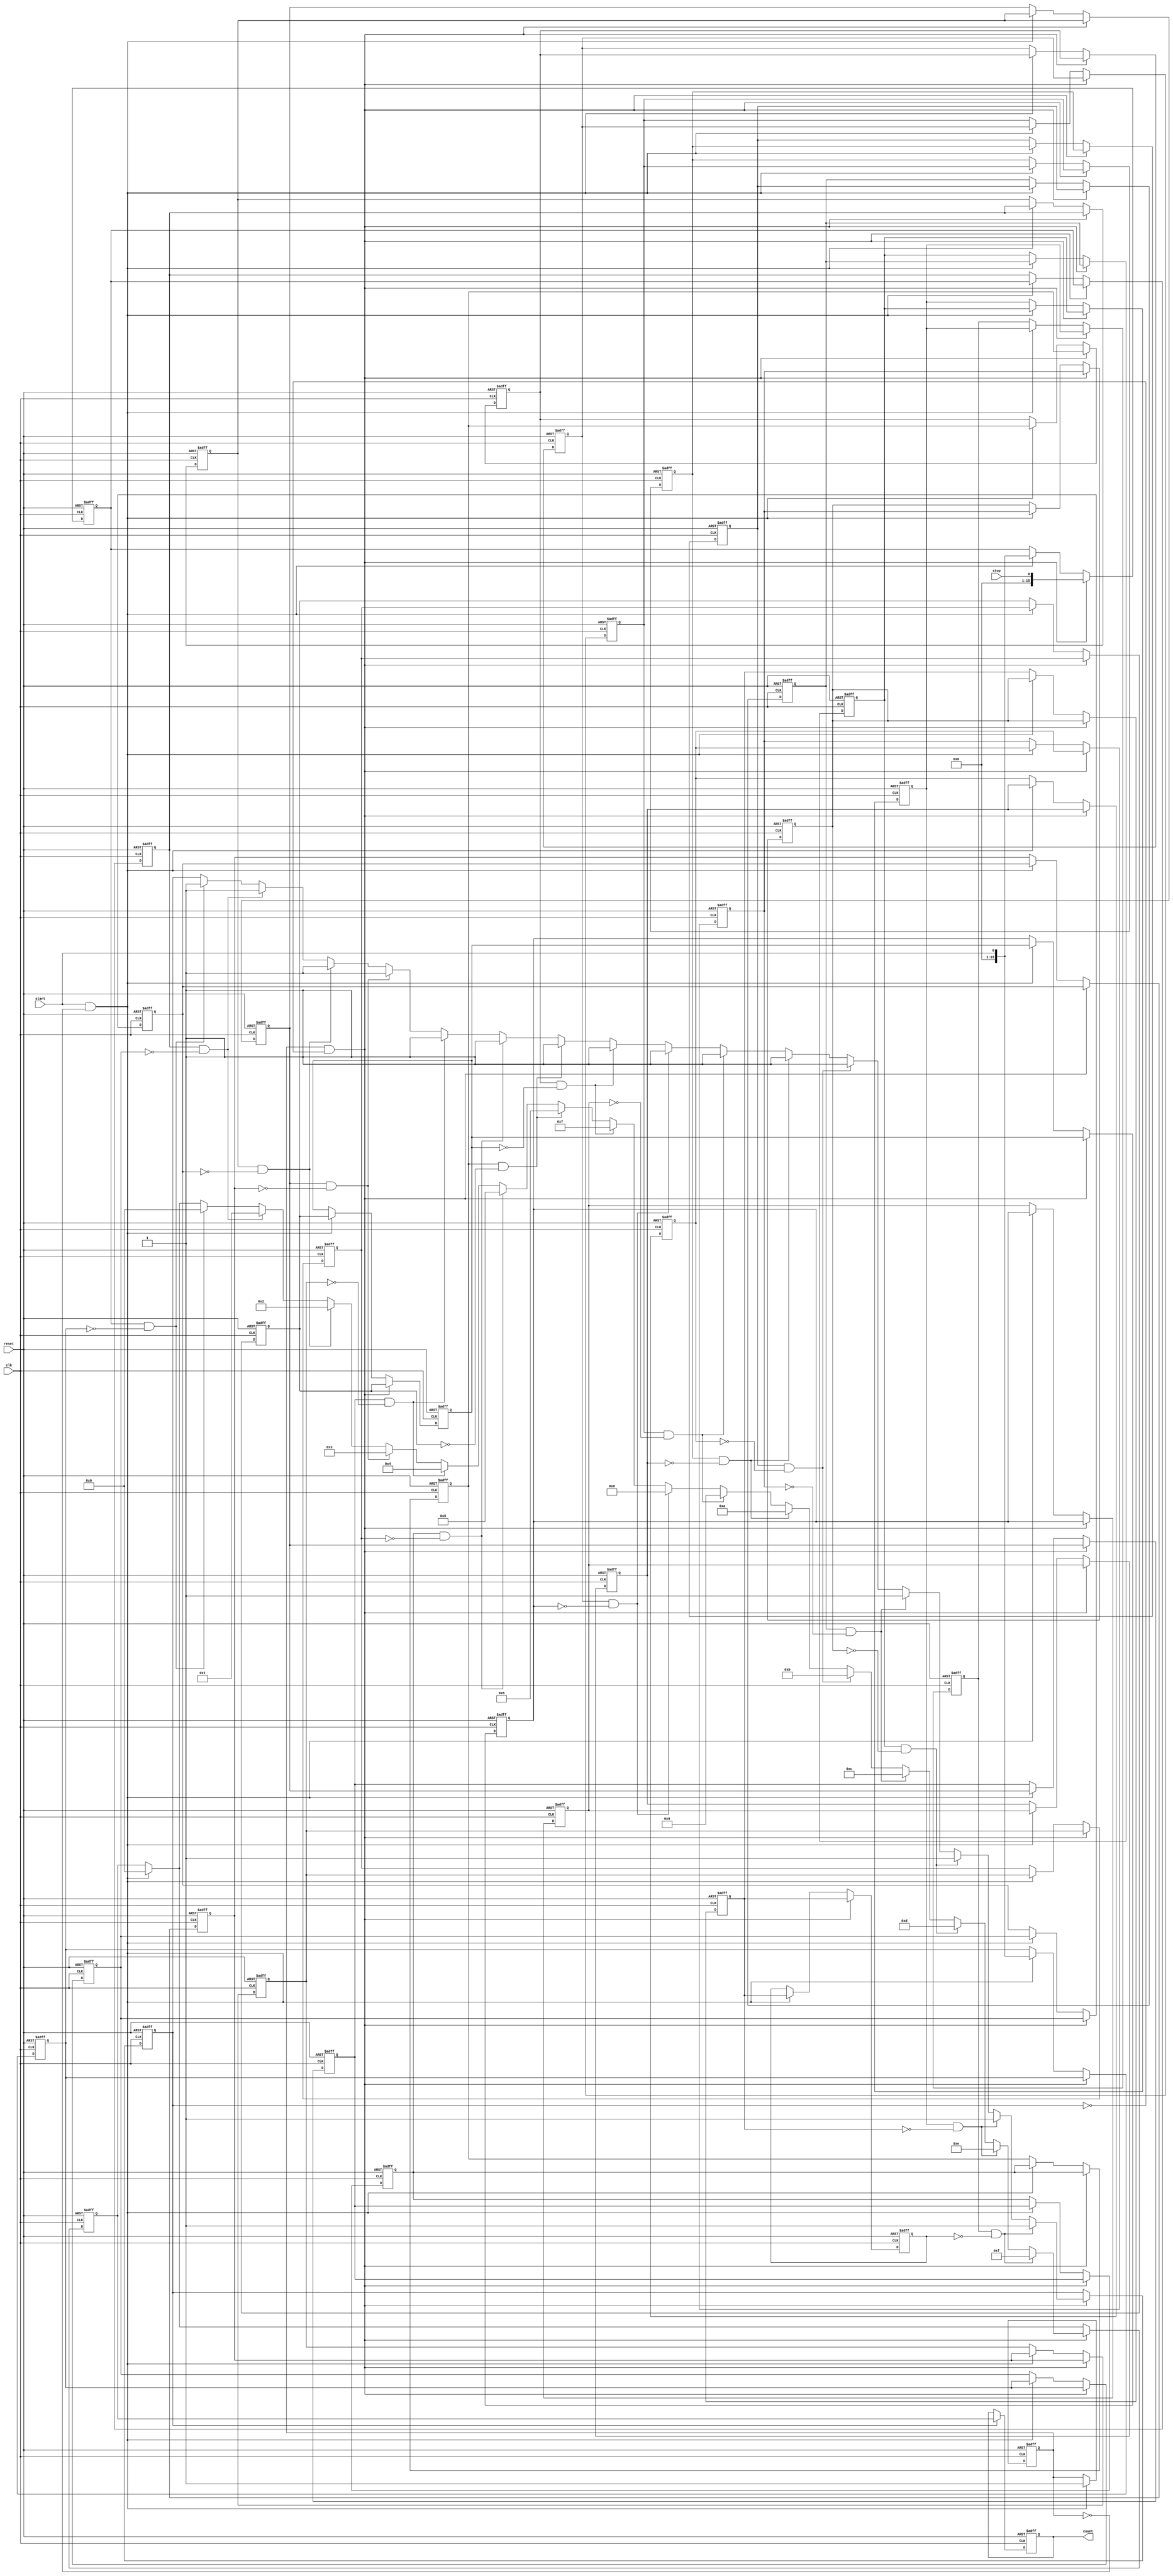
module TDC_Vernier_Delay_Line (
    input wire clk,            // System clock
    input wire reset,          // Reset signal
    input wire start,          // START signal
    input wire stop,           // STOP signal
    output reg [15:0] count    // Time interval count output
);

// Parameters for delay increments
parameter DELAY_A = 1;  // Delay increment for Delay Line A
parameter DELAY_B = 2;  // Delay increment for Delay Line B
parameter NUM_DELAY_STAGES = 16; // Number of delay stages

// Delay line storage
reg [NUM_DELAY_STAGES-1:0] delay_A [NUM_DELAY_STAGES-1:0];
reg [NUM_DELAY_STAGES-1:0] delay_B [NUM_DELAY_STAGES-1:0];

// Current count
reg [15:0] current_count;

// State Variables
reg started;
reg stopped;

// Generate delayed signals
integer i;
always @(posedge clk or posedge reset) begin
    if (reset) begin
        for (i = 0; i < NUM_DELAY_STAGES; i = i + 1) begin
            delay_A[i] <= 0;
            delay_B[i] <= 0;
        end
        current_count <= 0;
        count <= 0;
        started <= 0;
        stopped <= 0;
    end else begin
        if (start && !started) begin
            // Load START signal into delay lines
            for (i = 0; i < NUM_DELAY_STAGES; i = i + 1) begin
                if (i == 0) begin
                    delay_A[i] <= start;
                    delay_B[i] <= start;
                end else begin
                    delay_A[i] <= delay_A[i-1] ;  // Shift delay A
                    delay_B[i] <= delay_B[i-1] ;  // Shift delay B
                end
            end
            started <= 1;
            current_count <= 0;  // Reset count when start signal is received
        end

        if (started && !stopped) begin
            // Load STOP signal into delay lines
            for (i = 0; i < NUM_DELAY_STAGES; i = i + 1) begin
                if (i == 0) begin
                    delay_A[i] <= delay_A[i];  // Hold the delayed version of START
                    delay_B[i] <= stop;         // Apply STOP to delay B
                end else begin
                    delay_A[i] <= delay_A[i-1]; // Shift delay A
                    delay_B[i] <= delay_B[i-1]; // Shift delay B
                end
            end

            // Compare delayed STOP signal with START signal
            for (i = 0; i < NUM_DELAY_STAGES; i = i + 1) begin
                if (delay_B[i] && !delay_A[i]) begin
                    current_count <= i; // Capture stage count at first crossing
                    stopped <= 1;       // Indicate STOP event
                end
            end
        end

        if (stopped) begin
            count <= current_count; // Store the count upon STOP
        end
    end
end

endmodule